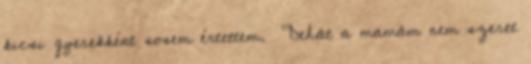
kicsi gyerekként sosem értettem. "Dehát a mamám nem szeret